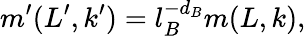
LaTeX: m^{\prime}(L^{\prime},k^{\prime})=l_{B}^{-d_{B}}m(L,k),